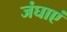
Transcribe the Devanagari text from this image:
जंघाएं